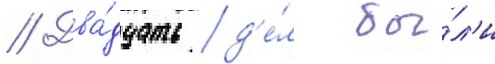
// Два́дцать д'е́л бы́л'и